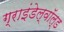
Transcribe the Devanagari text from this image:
ग्राइंडेल्वॉल्ड